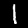
Digit: 1